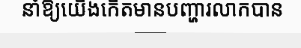
នាំឱ្យយើងកើតមានបញ្ហារលាកបាន